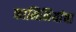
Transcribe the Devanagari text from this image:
कामिनियांचा